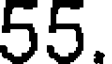
55.